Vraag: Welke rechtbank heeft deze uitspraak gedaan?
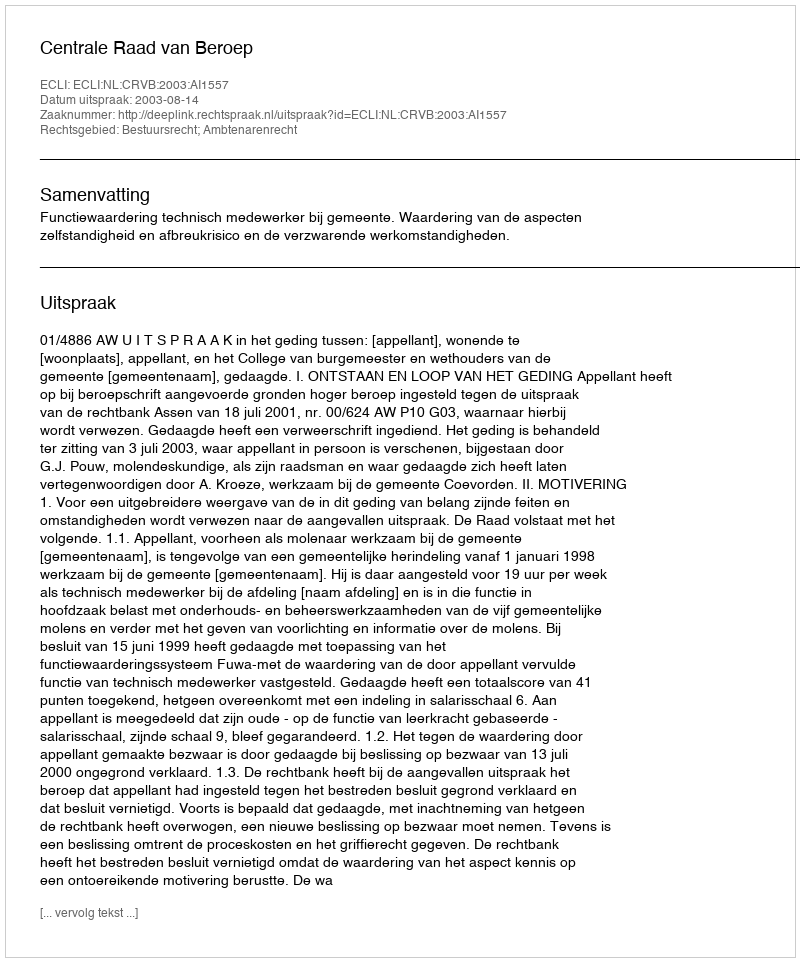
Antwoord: Centrale Raad van Beroep